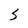
Character: S